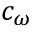
c _ { \omega }